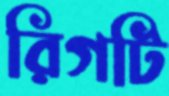
রিগটি